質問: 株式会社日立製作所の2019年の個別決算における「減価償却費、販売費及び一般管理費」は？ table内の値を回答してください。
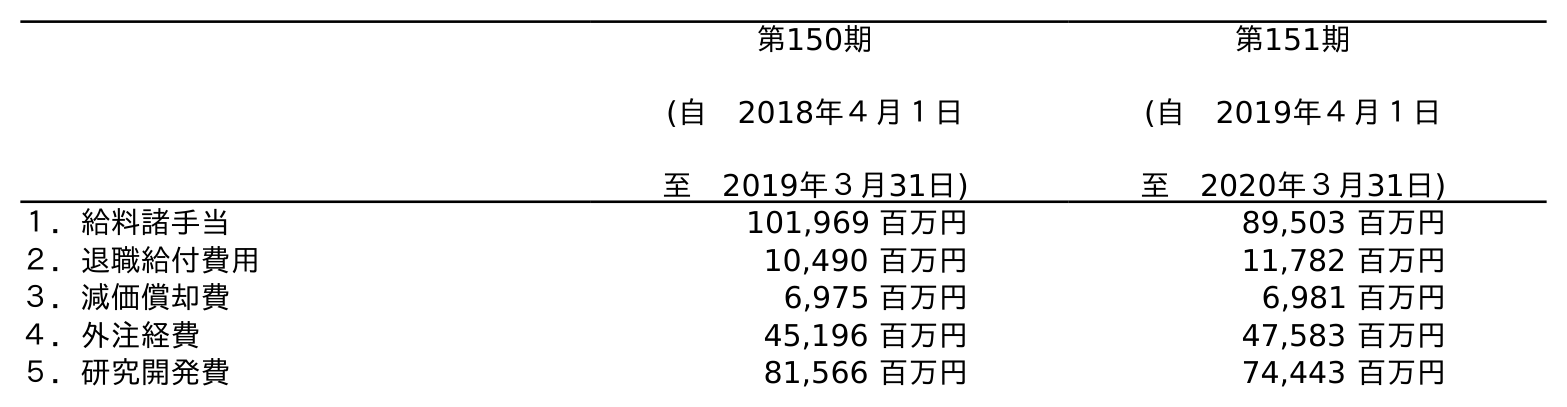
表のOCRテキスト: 第150期 (自 2018年４月１日 至 2019年３月31日) 第151期 (自 2019年４月１日 至 2020年３月31日) １．給料諸手当 101,969 百万円 89,503 百万円 ２．退職給付費用 10,490 百万円 11,782 百万円 ３．減価償却費 6,975 百万円 6,981 百万円 ４．外注経費 45,196 百万円 47,583 百万円 ５．研究開発費 81,566 百万円 74,443 百万円
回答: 6,975百万円